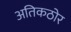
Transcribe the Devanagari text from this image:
अतिकठोर